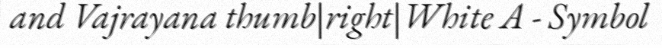
and Vajrayana thumb|right|White A - Symbol